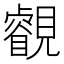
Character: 𧢕